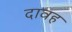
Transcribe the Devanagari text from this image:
दावह